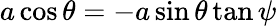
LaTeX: a\cos\theta=-a\sin\theta\tan\psi